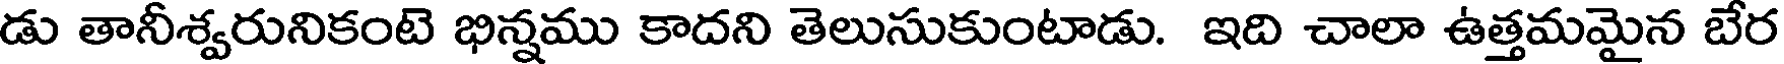
డు తానీశ్వరునికంటె భిన్నము కాదని తెలుసుకుంటాడు. ఇది చాలా ఉత్తమమైన బేర